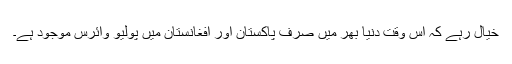
خیال رہے کہ اس وقت دنیا بھر میں صرف پاکستان اور افغانستان میں پولیو وائرس موجود ہے۔